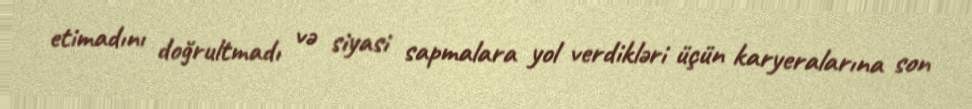
etimadını doğrultmadı və siyasi sapmalara yol verdikləri üçün karyeralarına son